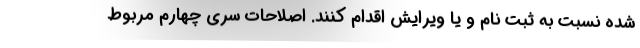
شده نسبت به ثبت نام و یا ویرایش اقدام کنند. اصلاحات سری چهارم مربوط